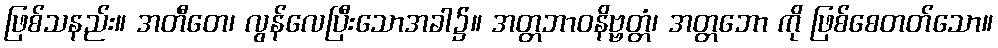
ဖြစ်သနည်း။ အတီတေ၊ လွန်လေပြီးသောအခါ၌။ အတ္တဘာဝနိဗ္ဗတ္တံ၊ အတ္တဘော ကို ဖြစ်စေတတ်သော။